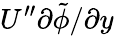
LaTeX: U^{\prime\prime}\partial\tilde{\phi}/\partial y